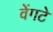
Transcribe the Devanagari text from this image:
वेंगटे